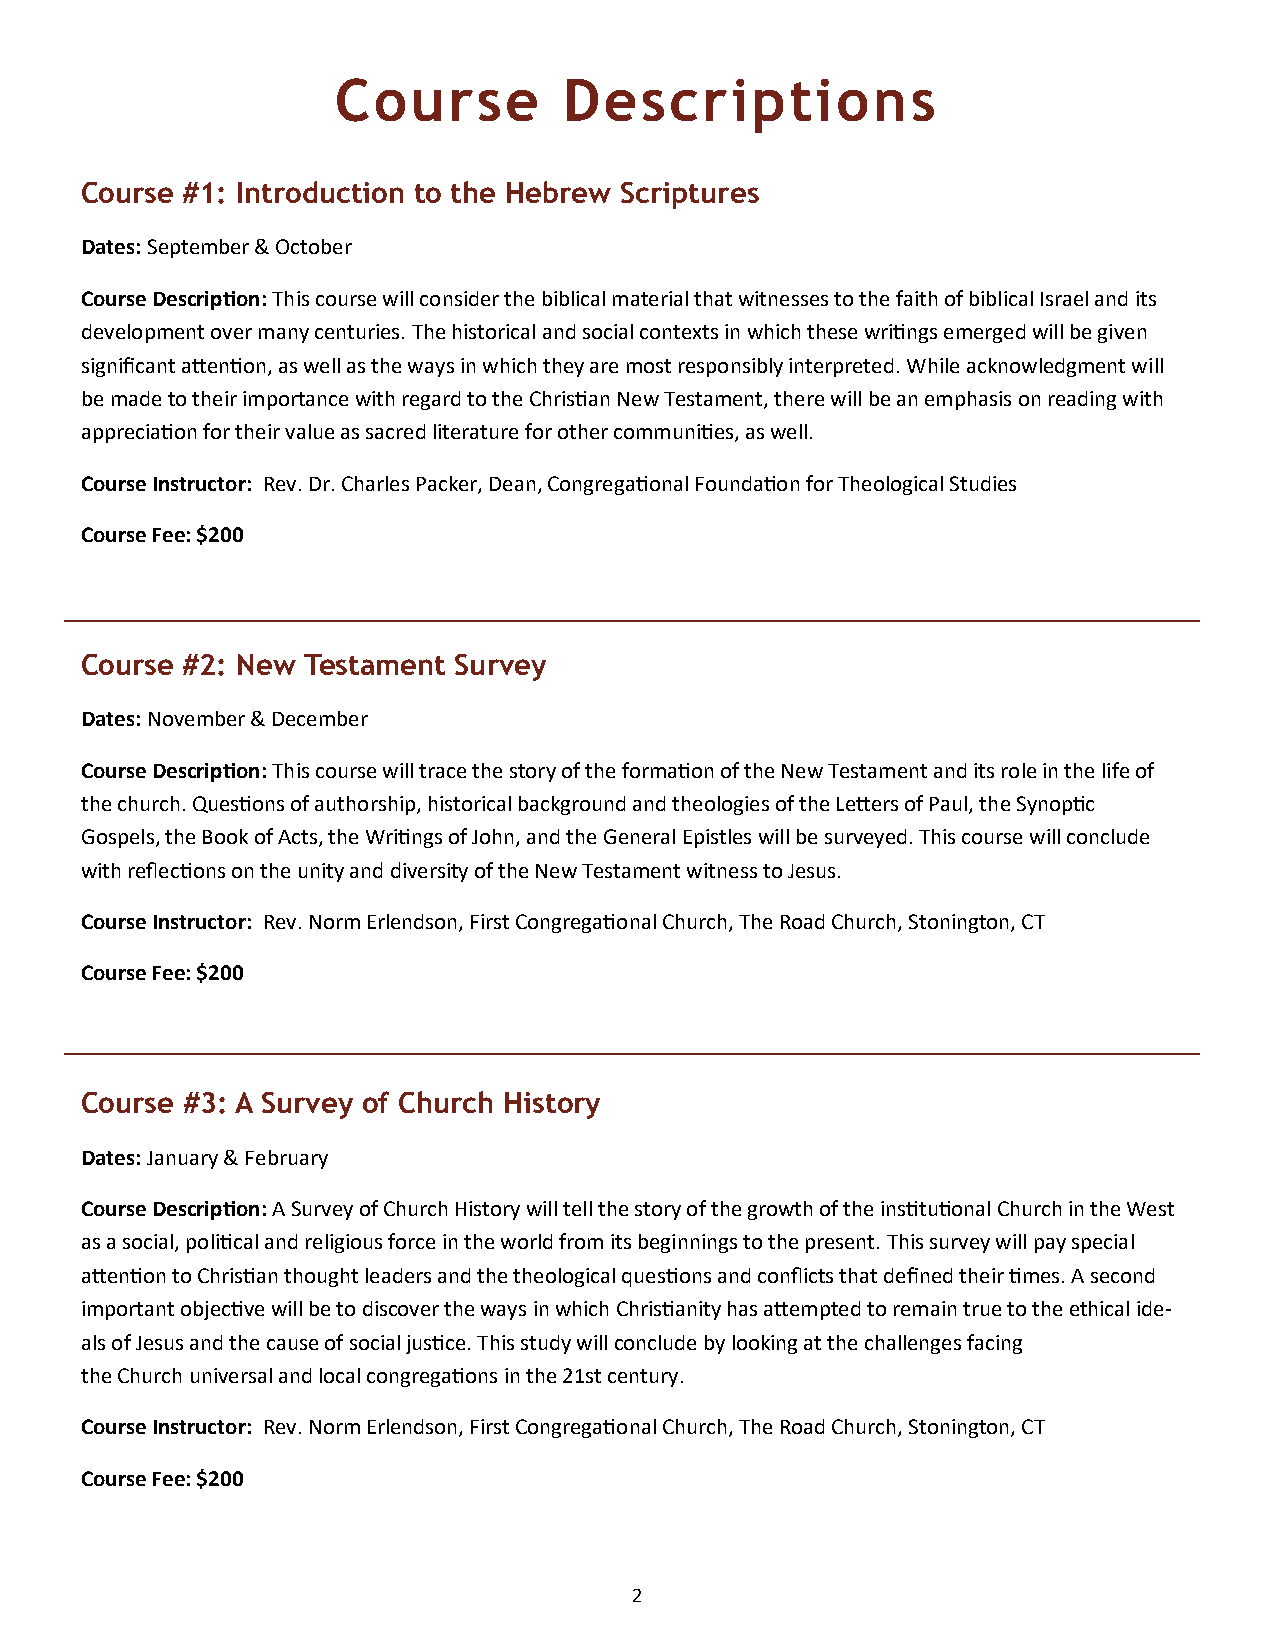
Course         Descriptions
 Course #1: Introduction to the Hebrew Scriptures
 Dates: September & October
 Course Description: This course will consider the biblical material that witnesses to the faith of biblical Israel and its
 development over many centuries. The historical and social contexts in which these writings emerged will be given
 significant attention, as well as the ways in which they are most responsibly interpreted. While acknowledgment will
 be made to their importance with regard to the Christian New Testament, there will be an emphasis on reading with
 appreciation for their value as sacred literature for other communities, as well.
 Course Instructor: Rev. Dr. Charles Packer, Dean, Congregational Foundation for Theological Studies
 Course Fee: $200
 Course #2: New Testament Survey
 Dates: November & December
 Course Description: This course will trace the story of the formation of the New Testament and its role in the life of
 the church. Questions of authorship, historical background and theologies of the Letters of Paul, the Synoptic
 Gospels, the Book of Acts, the Writings of John, and the General Epistles will be surveyed. This course will conclude
 with reflections on the unity and diversity of the New Testament witness to Jesus.
 Course Instructor: Rev. Norm Erlendson, First Congregational Church, The Road Church, Stonington, CT
 Course Fee: $200
 Course #3: A Survey of Church History
 Dates: January & February
 Course Description: A Survey of Church History will tell the story of the growth of the institutional Church in the West
 as a social, political and religious force in the world from its beginnings to the present. This survey will pay special
 attention to Christian thought leaders and the theological questions and conflicts that defined their times. A second
 important objective will be to discover the ways in which Christianity has attempted to remain true to the ethical ide-
 als of Jesus and the cause of social justice. This study will conclude by looking at the challenges facing
 the Church universal and local congregations in the 21st century.
 Course Instructor: Rev. Norm Erlendson, First Congregational Church, The Road Church, Stonington, CT
 Course Fee: $200
 2